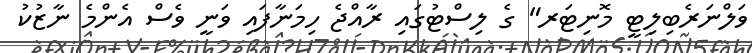
ވަލްނަރެބިލިޓީ މޮނިޓަރ" ގެ ލިސްޓުގައި ރާއްޖެ ހިމަނާފައި ވަނީ ވެސް އެންމެ ނާޒުކު